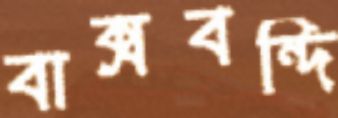
বাক্সবন্দি